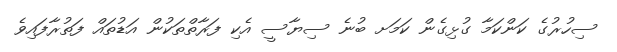
ސިހުރުގެ ކަންކަމާ ގުޅިގެން ކަމަށ ބުނެ ސިޔާސީ އެކި ފަރާތްތަކުން އަޑުތައް ފަތުރާފައިވެ